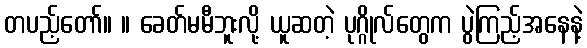
တပည့်တော်။ ။ ခေတ်မမီဘူးလို့ ယူဆတဲ့ ပုဂ္ဂိုလ်တွေက ပွဲကြည့်အနေနဲ့